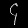
Digit: ၄